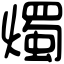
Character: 燭